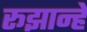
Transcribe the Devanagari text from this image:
रूझान्हे